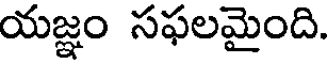
యజ్ఞం సఫలమైంది.